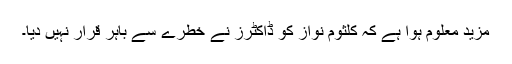
مزید معلوم ہوا ہے کہ کلثوم نواز کو ڈاکٹرز نے خطرے سے باہر قرار نہیں دیا۔